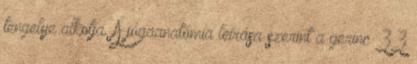
tengelye alkotja. A jógaanatómia leírása szerint a gerinc 33